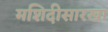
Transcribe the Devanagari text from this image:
मशिदीसारखा